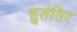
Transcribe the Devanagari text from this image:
सुतंतिर